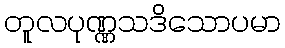
တူလပုဏ္ဏသဒိသောပမာ